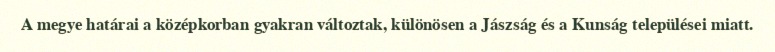
A megye határai a középkorban gyakran változtak, különösen a Jászság és a Kunság települései miatt.